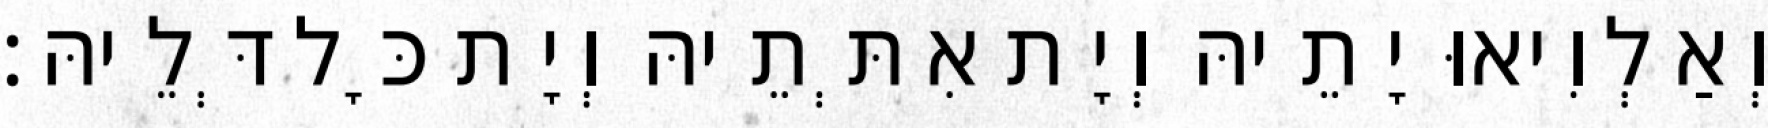
וְאַלְוִיאוּ יָתֵיהּ וְיָת אִתְּתֵיהּ וְיָת כָּל דְּלֵיהּ׃